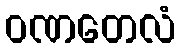
ဝဏတေလံ